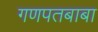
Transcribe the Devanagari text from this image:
गणपतबाबा